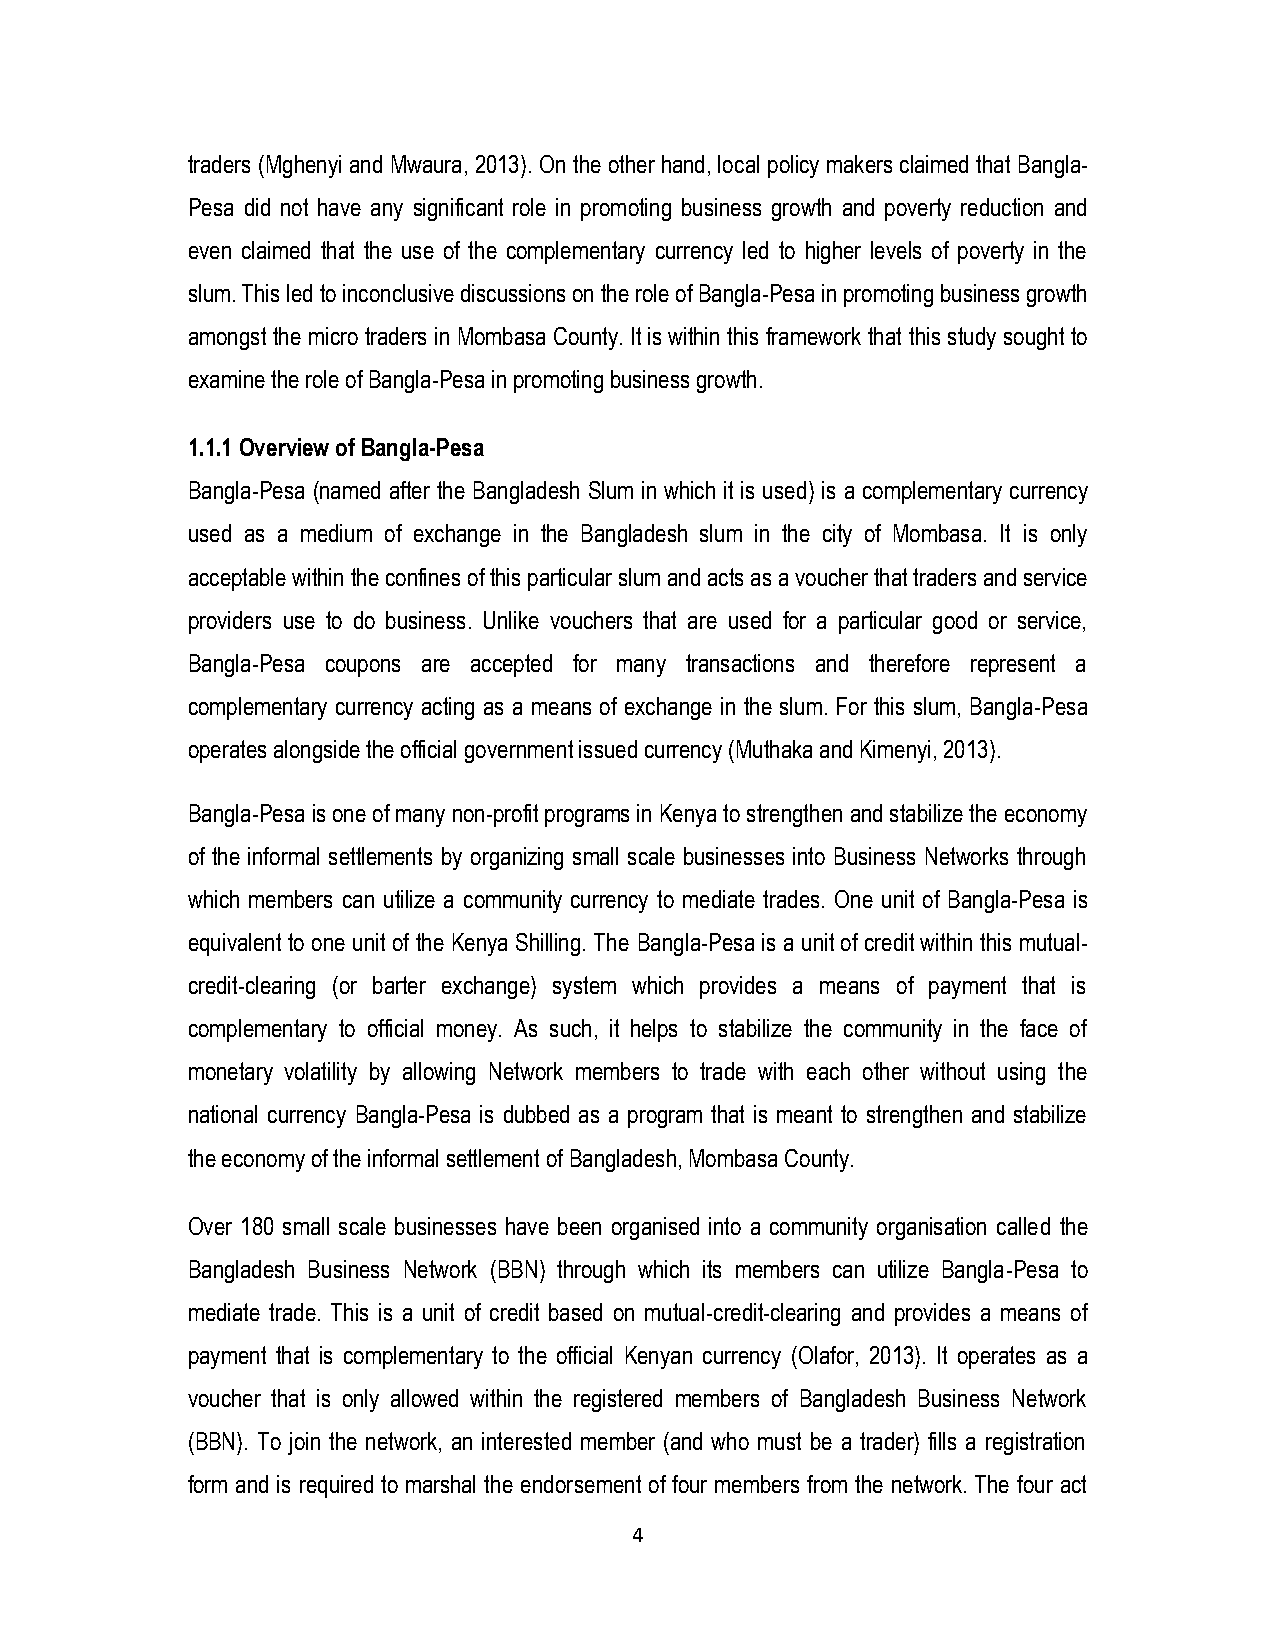
traders (Mghenyi and Mwaura, 2013). On the other hand, local policy makers claimed that Bangla-
 Pesa did not have any significant role in promoting business growth and poverty reduction and
 even claimed that the use of the complementary currency led to higher levels of poverty in the
 slum. This led to inconclusive discussions on the role of Bangla-Pesa in promoting business growth
 amongst the micro traders in Mombasa County. It is within this framework that this study sought to
 examine the role of Bangla-Pesa in promoting business growth.
 1.1.1 Overview of Bangla-Pesa
 Bangla-Pesa (named after the Bangladesh Slum in which it is used) is a complementary currency
 used as a medium of exchange in the Bangladesh slum in the city of Mombasa. It is only
 acceptable within the confines of this particular slum and acts as a voucher that traders and service
 providers use to do business. Unlike vouchers that are used for a particular good or service,
 Bangla-Pesa coupons are accepted for many transactions and therefore represent a
 complementary currency acting as a means of exchange in the slum. For this slum, Bangla-Pesa
 operates alongside the official government issued currency (Muthaka and Kimenyi, 2013).
 Bangla-Pesa is one of many non-profit programs in Kenya to strengthen and stabilize the economy
 of the informal settlements by organizing small scale businesses into Business Networks through
 which members can utilize a community currency to mediate trades. One unit of Bangla-Pesa is
 equivalent to one unit of the Kenya Shilling. The Bangla-Pesa is a unit of credit within this mutual-
 credit-clearing (or barter exchange) system which provides a means of payment that is
 complementary to official money. As such, it helps to stabilize the community in the face of
 monetary volatility by allowing Network members to trade with each other without using the
 national currency Bangla-Pesa is dubbed as a program that is meant to strengthen and stabilize
 the economy of the informal settlement of Bangladesh, Mombasa County.
 Over 180 small scale businesses have been organised into a community organisation called the
 Bangladesh Business Network (BBN) through which its members can utilize Bangla-Pesa to
 mediate trade. This is a unit of credit based on mutual-credit-clearing and provides a means of
 payment that is complementary to the official Kenyan currency (Olafor, 2013). It operates as a
 voucher that is only allowed within the registered members of Bangladesh Business Network
 (BBN). To join the network, an interested member (and who must be a trader) fills a registration
 form and is required to marshal the endorsement of four members from the network. The four act
 4